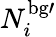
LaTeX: N_{i}^{\mathrm{{bg}\prime}}